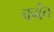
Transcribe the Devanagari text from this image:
कर्वत